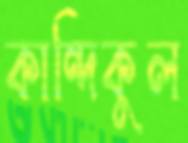
কান্দিকুল